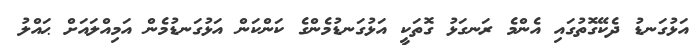
އަޅުގަނޑު ދެކޭގޮތުގައި އެންމެ ރަނގަޅު ގޮތަކީ އަޅުގަނޑުމެންގެ ކަންކަން އަޅުގަނޑުމެން އަމިއްލައަށް ޙައްލު